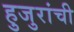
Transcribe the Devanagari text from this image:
हुजुरांची